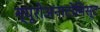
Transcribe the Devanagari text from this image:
न्यूरोअनाटोमिस्ट